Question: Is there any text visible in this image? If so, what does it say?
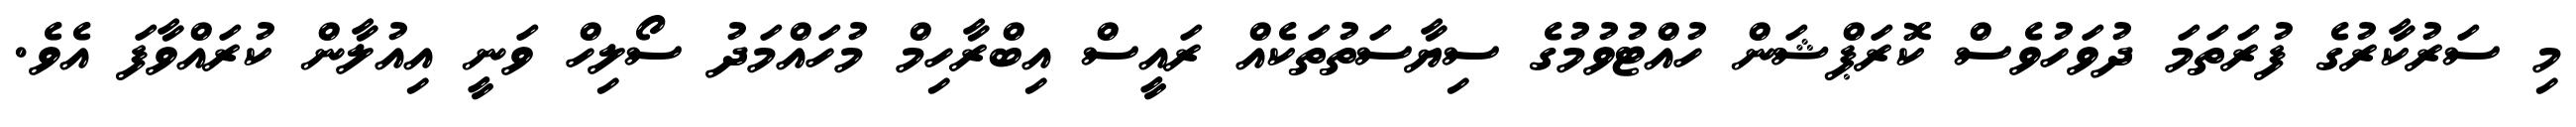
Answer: މި ސަރުކާރުގެ ފުރަތަމަ ދުވަހުވެސް ކޮރަޕްޝަން ހުއްޓުވުމުގެ ސިޔާސަތުތަކެއް ރައީސް އިބްރާހިމް މުހައްމަދު ސޯލިހް ވަނީ އިއުލާން ކުރައްވާފަ އެވެ.